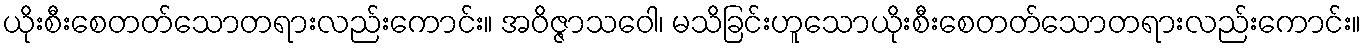
ယိုးစီးစေတတ်သောတရားလည်းကောင်း။ အဝိဇ္ဇာသဝေါ၊ မသိခြင်းဟူသောယိုးစီးစေတတ်သောတရားလည်းကောင်း။